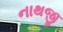
નાથજી